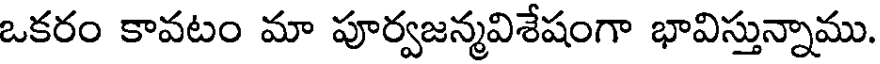
ఒకరం కావటం మా పూర్వజన్మవిశేషంగా భావిస్తున్నాము.